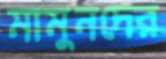
মামুনদের